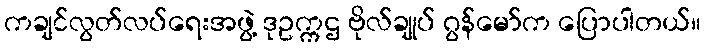
ကချင်လွတ်လပ်ရေးအဖွဲ့ ဒုဥက္ကဌ ဗိုလ်ချုပ် ဂွန်မော်က ပြောပါတယ်။